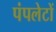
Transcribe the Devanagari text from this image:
पंपलेटों